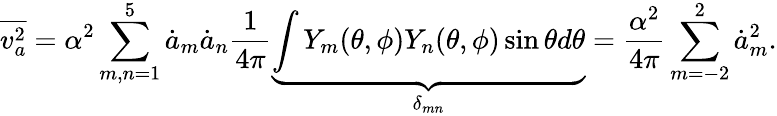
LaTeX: \overline{{v_{a}^{2}}}=\alpha^{2}\sum_{m,n=1}^{5}\dot{a}_{m}\dot{a}_{n}\frac{1}{4\pi}\underbrace{\int Y_{m}(\theta,\phi)Y_{n}(\theta,\phi)\sin\theta d\theta}_{\delta_{mn}}=\frac{\alpha^{2}}{4\pi}\sum_{m=-2}^{2}\dot{a}_{m}^{2}.